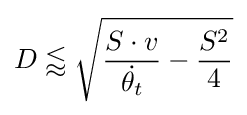
D\lessapprox {\sqrt {{\frac {S\cdot v}{\dot {\theta _{t}}}}-{\frac {S^{2}}{4}}}}